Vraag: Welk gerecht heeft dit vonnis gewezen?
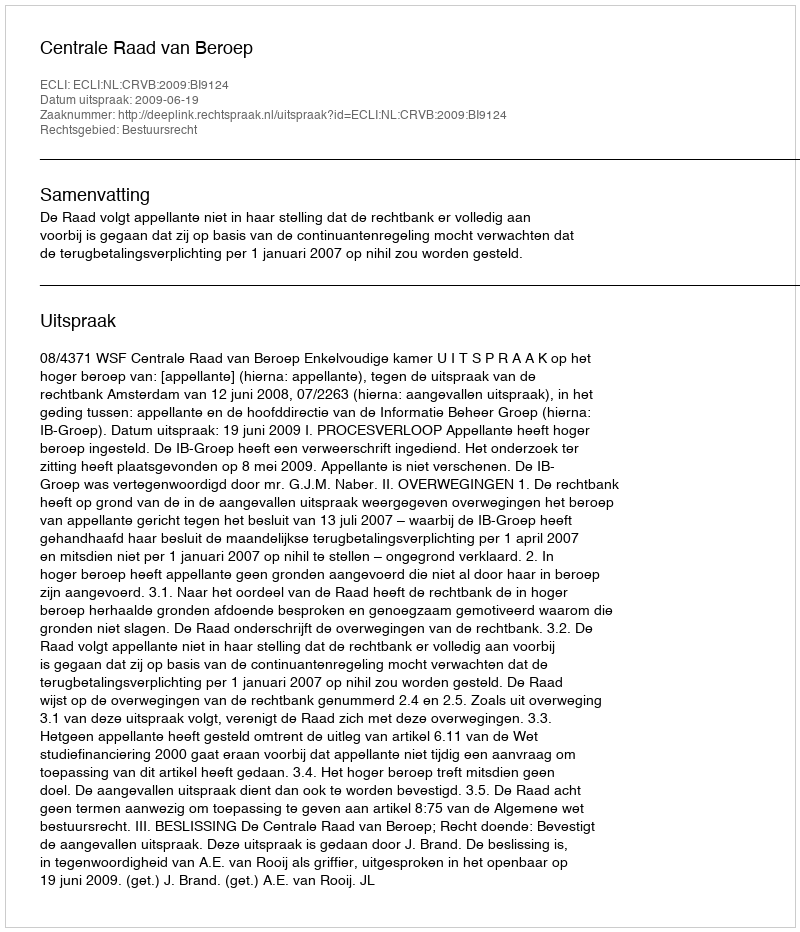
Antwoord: Centrale Raad van Beroep